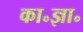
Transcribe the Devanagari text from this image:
का॰ज्ञा॰